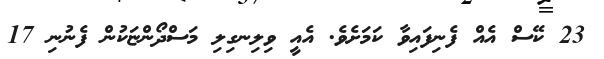
23 ކޭސް އެއް ފެނިފައިވާ ކަމަށެވެ. އެއީ ވިލިނގިލި މަސްދޯންޏަކުން ފެނުނި 17